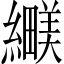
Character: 𬘅